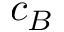
c _ { B }